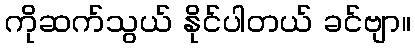
ကိုဆက်သွယ် နိုင်ပါတယ် ခင်ဗျာ။